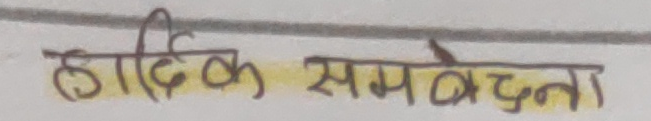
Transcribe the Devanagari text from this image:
हार्दिक समवेदना